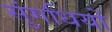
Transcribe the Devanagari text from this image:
सुंगधियों